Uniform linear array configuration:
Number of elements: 12
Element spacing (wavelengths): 0.5
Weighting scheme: binomial
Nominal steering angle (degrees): -15
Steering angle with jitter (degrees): -15.152
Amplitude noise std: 0.05
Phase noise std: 0.05

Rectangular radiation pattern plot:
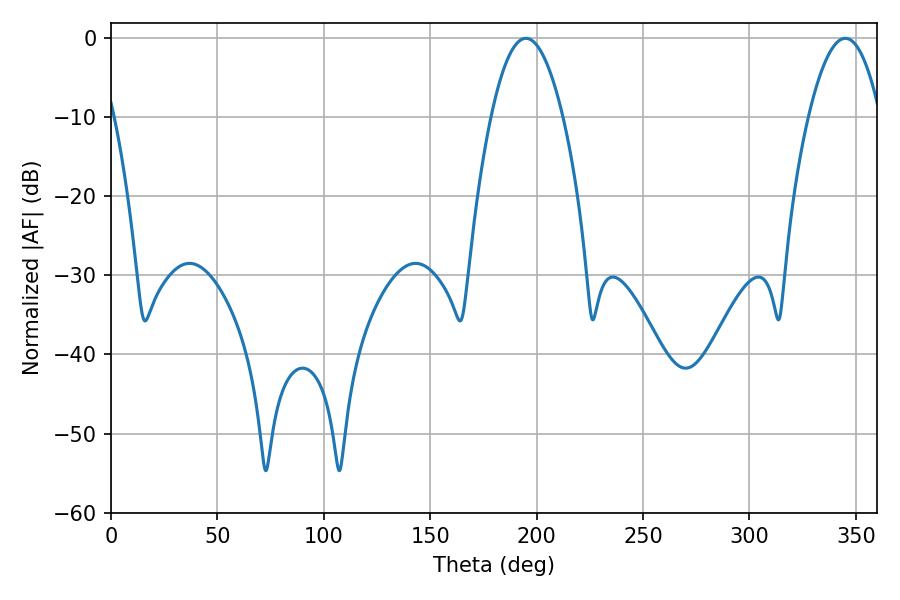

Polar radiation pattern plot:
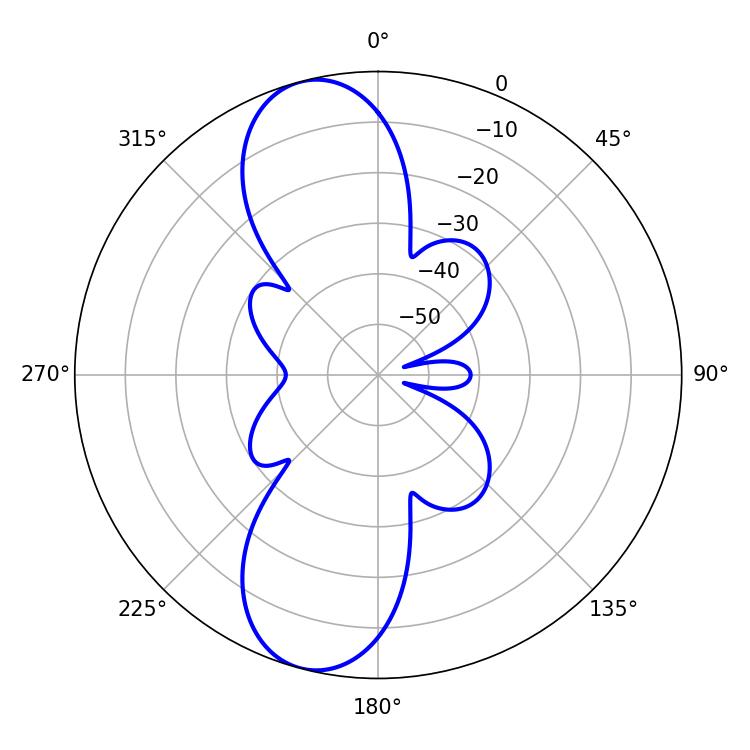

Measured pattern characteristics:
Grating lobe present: FALSE
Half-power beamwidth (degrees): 18.72
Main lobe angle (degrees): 194.94